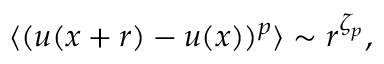
\langle ( u ( x + r ) - u ( x ) ) ^ { p } \rangle \sim r ^ { \zeta _ { p } } ,